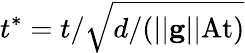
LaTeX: t^{*}=t/\sqrt{d/(||\textbf{g}||\mathrm{At})}